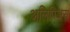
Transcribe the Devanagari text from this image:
अलिपिअस